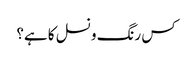
کس رنگ و نسل کا ہے؟